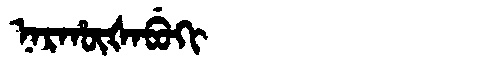
Manchu: ᠨᠠᡵᡥᡡᡧᠠᠪᡠᡴᡳ
Romanization: NARHŪŠABUKI